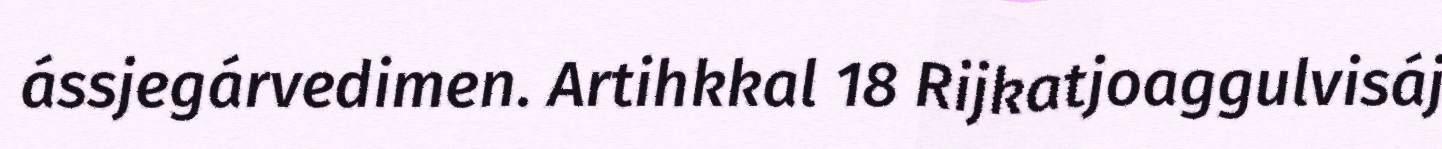
ássjegárvedimen. Artihkkal 18 Rijkatjoaggulvisáj